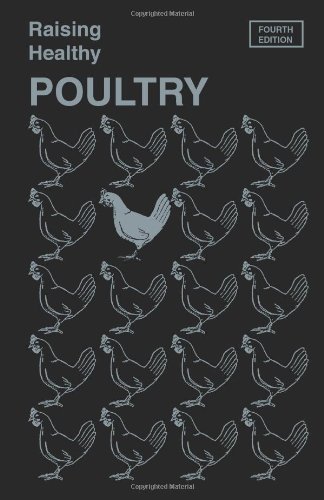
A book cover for Raising Healthy Poultry; Dr. W. Malcolm Reid; Medical Books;